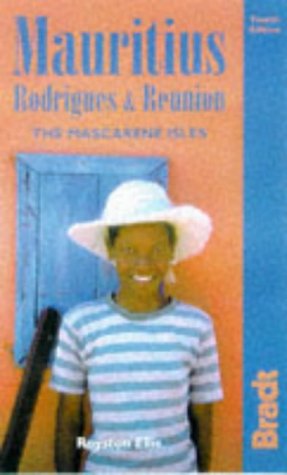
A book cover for Guide to Mauritius: The Mascarene Isles; Royston Ellis; Travel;